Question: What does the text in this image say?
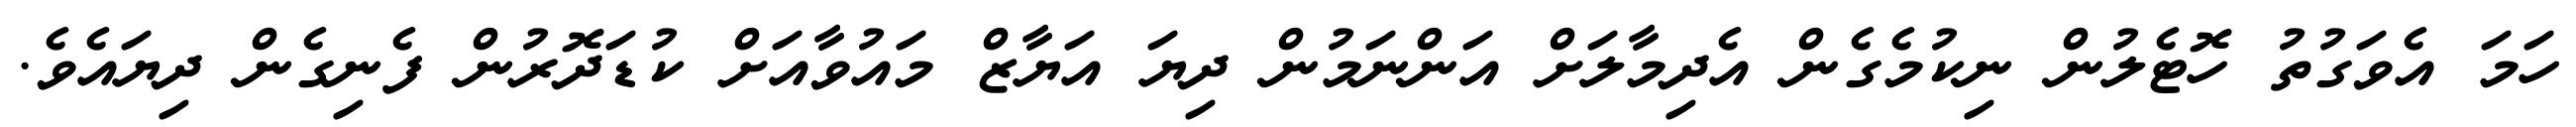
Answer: ހަމަ އެވަގުތު ހޮޓެލުން ނިކުމެގެން އެދިމާލަށް އަންނަމުން ދިޔަ އަޔާޒް މައުވާއަށް ކުޑަދޮރުން ފެނިގެން ދިޔައެވެ.